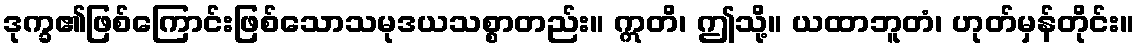
ဒုက္ခ၏ဖြစ်ကြောင်းဖြစ်သောသမုဒယသစ္စာတည်း။ ဣတိ၊ ဤသို့။ ယထာဘူတံ၊ ဟုတ်မှန်တိုင်း။